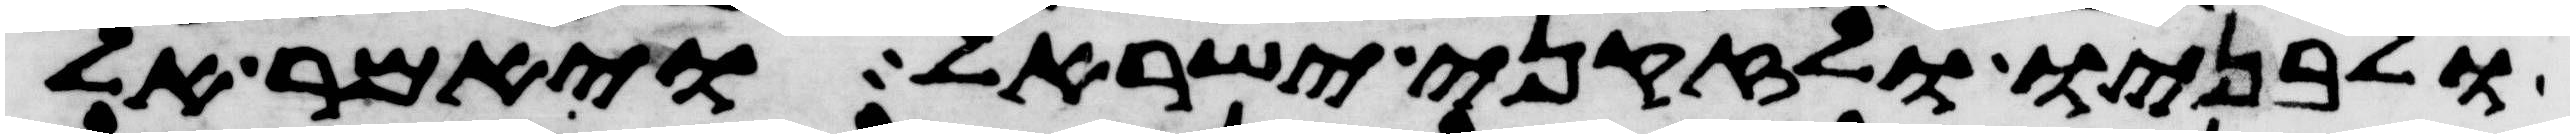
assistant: ולבניו ולזקני ישראל ויאמר אל